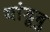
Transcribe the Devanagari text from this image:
यांडूबु